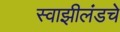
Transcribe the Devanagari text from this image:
स्वाझीलंडचे